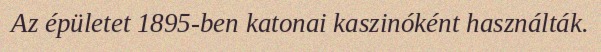
Az épületet 1895-ben katonai kaszinóként használták.